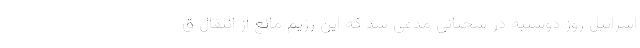
اسرائیل روز دوشنبه در سخنانی مدعی شد که این رژیم مانع از انتقال ق